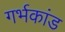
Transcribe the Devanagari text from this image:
गर्भकांड